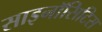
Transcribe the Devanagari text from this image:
साइनॉसिटिस